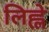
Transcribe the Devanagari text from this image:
लिह्ले